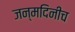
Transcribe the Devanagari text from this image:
जन्मदिनीच